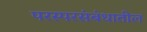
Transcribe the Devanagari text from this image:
परस्परसंबंधातील